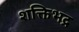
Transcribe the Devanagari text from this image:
शक्तिभद्र